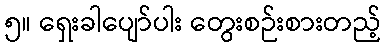
၅။ ရှေးခါပျော်ပါး တွေးစဉ်းစားတည့်